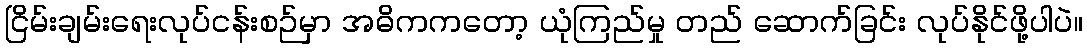
ငြိမ်းချမ်းရေးလုပ်ငန်းစဉ်မှာ အဓိကကတော့ ယုံကြည်မှု တည် ဆောက်ခြင်း လုပ်နိုင်ဖို့ပါပဲ။